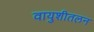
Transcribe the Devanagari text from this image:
वायुशीतलन